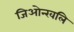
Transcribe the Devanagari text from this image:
जिओन्खलि